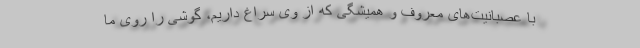
با عصبانیت‌های معروف و همیشگی که از وی سراغ داریم، گوشی را روی ما